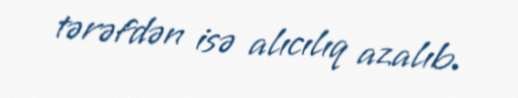
tərəfdən isə alıcılıq azalıb.